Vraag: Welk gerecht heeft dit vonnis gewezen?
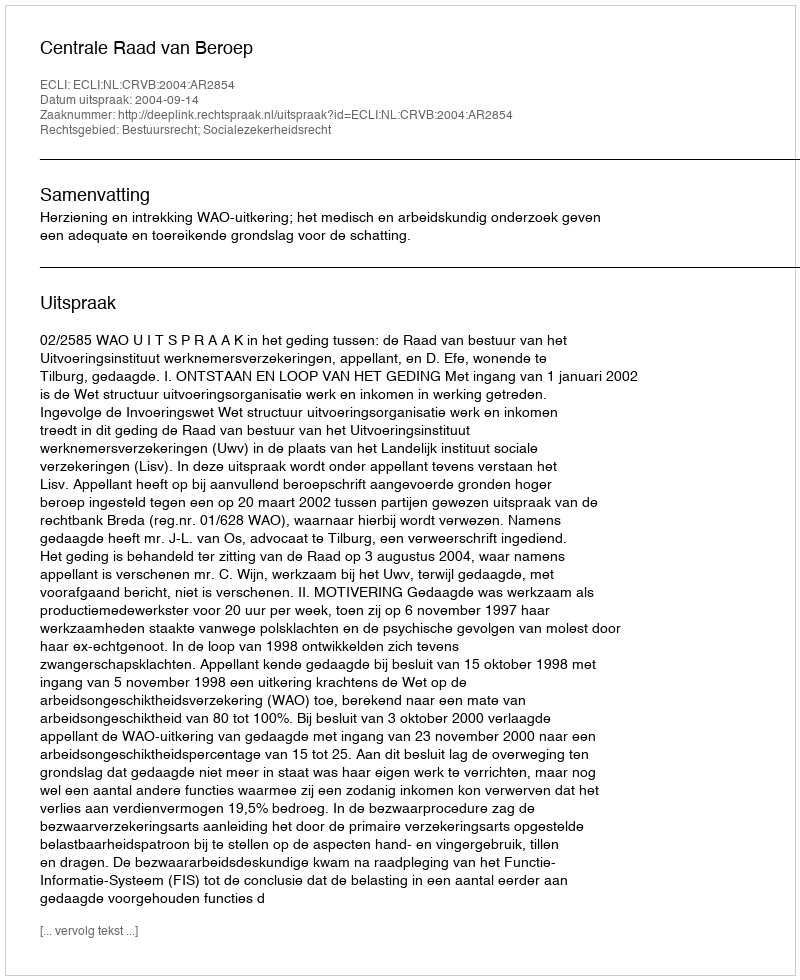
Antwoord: Centrale Raad van Beroep